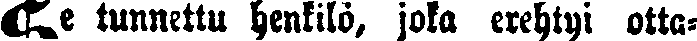
# tunnettu henkilö, joka erehtyi otta-